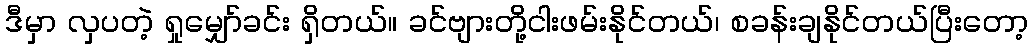
ဒီမှာ လှပတဲ့ ရှုမျှော်ခင်း ရှိတယ်။ ခင်ဗျားတို့ငါးဖမ်းနိုင်တယ်၊ စခန်းချနိုင်တယ်ပြီးတော့